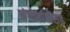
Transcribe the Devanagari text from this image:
अंगोपांगांसह